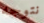
نتوجه